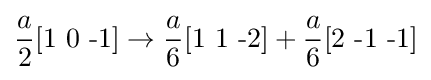
{\frac {a}{2}}[{\text{1 0 -1}}]\rightarrow {\frac {a}{6}}[{\text{1 1 -2}}]+{\frac {a}{6}}[{\text{2 -1 -1}}]